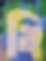
বি